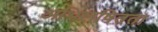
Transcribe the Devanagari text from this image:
अभिलषितता